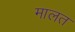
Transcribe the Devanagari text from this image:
मालत